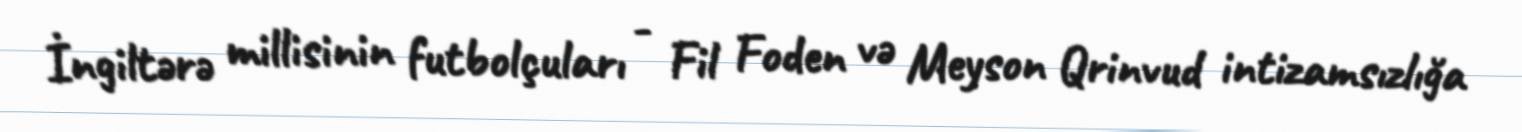
İngiltərə millisinin futbolçuları - Fil Foden və Meyson Qrinvud intizamsızlığa